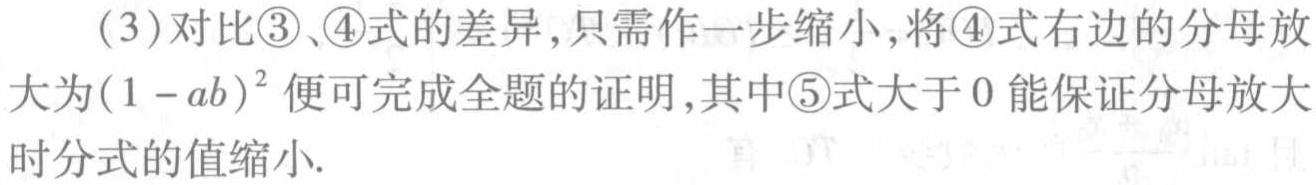
(3)对比\textcircled{3}、\textcircled{4}式的差异,只需作一步缩小,将\textcircled{4}式右边的分母放大为\((1 - ab)^{2}\)便可完成全题的证明,其中\textcircled{5}式大于\(0\)能保证分母放大时分式的值缩小.